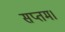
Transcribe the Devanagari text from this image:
सप्तम।